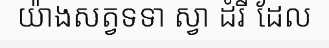
យ៉ាងសត្វទទា ស្វា ដំរី ដែល